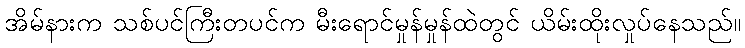
အိမ်နားက သစ်ပင်ကြီးတပင်က မီးရောင်မှုန်မှုန်ထဲတွင် ယိမ်းထိုးလှုပ်နေသည်။